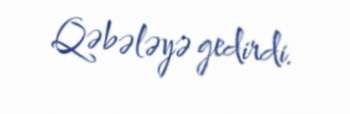
Qəbələyə gedirdi.